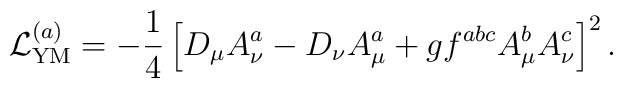
{\cal L}_{\rm YM}^{(a)}  =-\frac14\left[D_\mu A_\nu^a                 -D_\nu A_\mu^a                 +gf^{abc}A_\mu^bA_\nu^c\right]^2 .